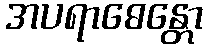
အပရာဓေန္တော